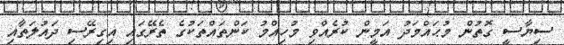
ސިޔާސީ ގޮތުން މުޙައްމަދު އަމީން ކުރެއްވި މުހިއްމު ކަންތައްތަކުގެ ތެރޭގައި އިގިރޭސި ދައުލަތާއި